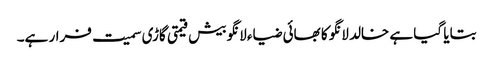
بتایا گیا ہے خالد لانگو کا بھائی ضیاء لانگو بیش قیمتی گاڑی سمیت فرار ہے۔